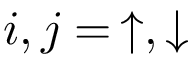
i , j = \, \uparrow , \downarrow